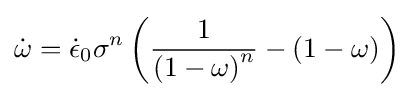
{\dot {\omega }}={\dot {\epsilon }}_{0}\sigma ^{n}\left({\frac {1}{\left(1-\omega \right)^{n}}}-\left(1-\omega \right)\right)